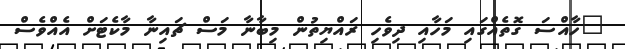
"ހާއްސަ ގޮތެއްގައި މަހާއި ދިވެހި ރައްޔިތުން މިބާނާ މަސް ޗައިނާ މާކެޓަށް އެއްވެސް